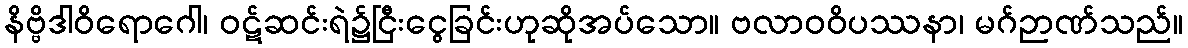
နိဗ္ဗိဒါဝိရောဂေါ၊ ဝဋ်ဆင်းရဲ၌ငြီးငွေခြင်းဟုဆိုအပ်သော။ ဗလာဝဝိပဿနာ၊ မဂ်ဉာဏ်သည်။